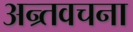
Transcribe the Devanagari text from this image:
अन्र्तवचना